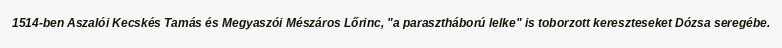
1514-ben Aszalói Kecskés Tamás és Megyaszói Mészáros Lőrinc, "a parasztháború lelke" is toborzott kereszteseket Dózsa seregébe.